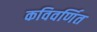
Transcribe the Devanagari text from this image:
कविवर्णित